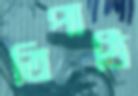
ত্রিপাঠি